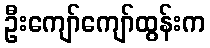
ဦးကျော်ကျော်ထွန်းက